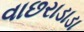
વાછરાડાડા